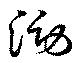
澇